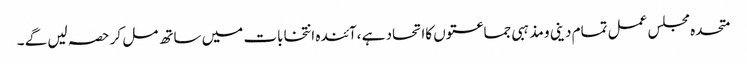
متحدہ مجلس عمل تمام دینی و مذہبی جماعتوں کااتحاد ہے ،آئندہ انتخابات میں ساتھ مل کر حصہ لیں گے ۔